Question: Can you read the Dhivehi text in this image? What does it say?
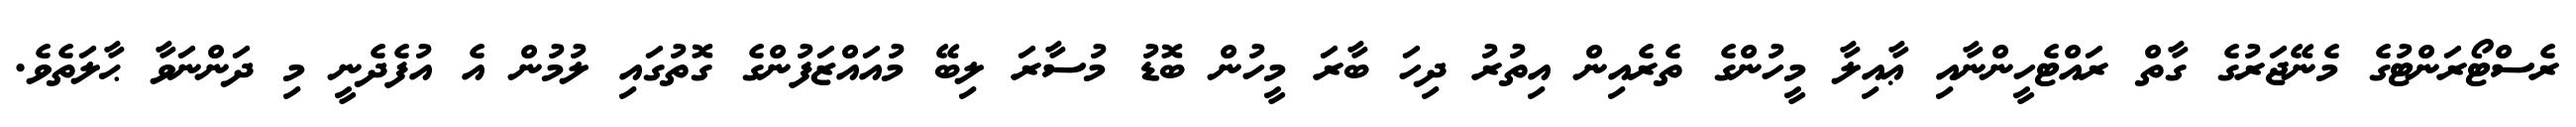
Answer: ރެސްޓޯރަންޓުގެ މެނޭޖަރުގެ ގާތް ރައްޓެހީންނާއި ޢާއިލާ މީހުންގެ ތެރެއިން އިތުރު ދިހަ ބާރަ މީހުން ބޮޑު މުސާރަ ލިބޭ މުއައްޒަފުންގެ ގޮތުގައި ލުމުން އެ އުފެދެނީ މި ދަންނަވާ ޙާލަތެވެ.